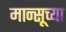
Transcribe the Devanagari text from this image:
मान्सूच्या